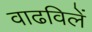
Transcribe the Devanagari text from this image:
वाढविलें